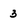
Character: 3